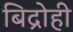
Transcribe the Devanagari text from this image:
बिद्रोही